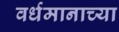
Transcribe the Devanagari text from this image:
वर्धमानाच्या